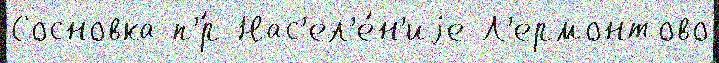
Сосновка п'́р Нас'ел'е́н'иjе Л'ермонтово